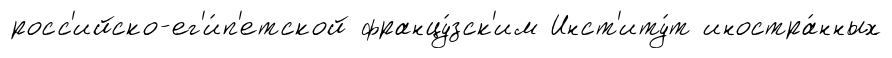
росс'ийско-ег'и́п'етской францу́зск'им Инст'иту́т иностра́нных